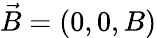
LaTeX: \vec{B}=(0,0,B)